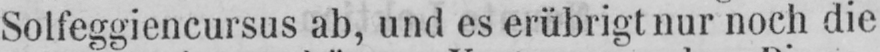
Solfeggiencursus ab, und es erübrigt nur noch die